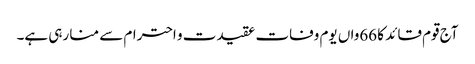
آج قوم قائد کا 66واں یوم وفات عقیدت و احترام سے منا رہی ہے۔